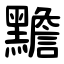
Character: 黵